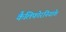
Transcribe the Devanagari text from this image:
कैलिफोरनियाके